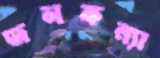
জলকন্যা